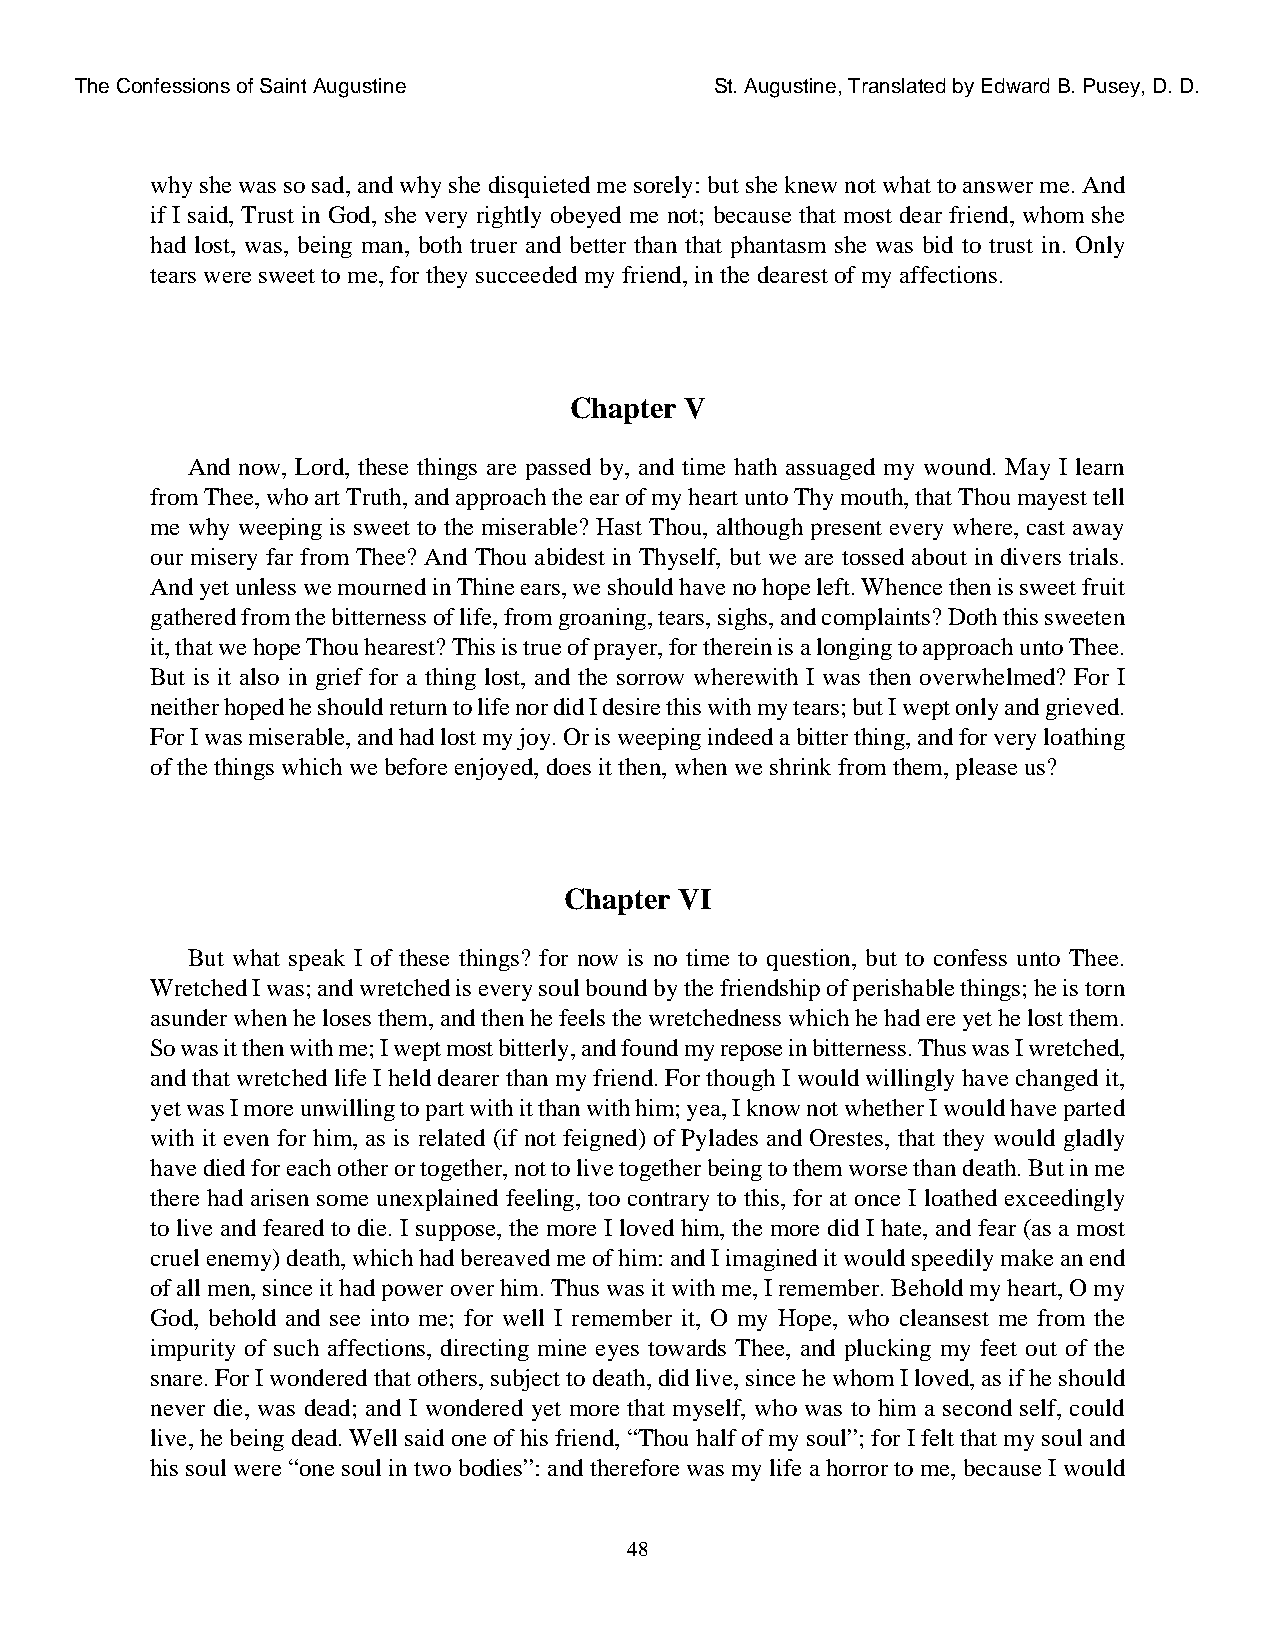
The Confessions of Saint Augustine        St. Augustine, Translated by Edward B. Pusey, D. D.
 why she was so sad, and why she disquieted me sorely: but she knew not what to answer me. And
 if I said, Trust in God, she very rightly obeyed me not; because that most dear friend, whom she
 had lost, was, being man, both truer and better than that phantasm she was bid to trust in. Only
 tears were sweet to me, for they succeeded my friend, in the dearest of my affections.
 Chapter V
 And now, Lord, these things are passed by, and time hath assuaged my wound. May I learn
 from Thee, who art Truth, and approach the ear of my heart unto Thy mouth, that Thou mayest tell
 me why weeping is sweet to the miserable? Hast Thou, although present every where, cast away
 our misery far from Thee? And Thou abidest in Thyself, but we are tossed about in divers trials.
 And yet unless we mourned in Thine ears, we should have no hope left. Whence then is sweet fruit
 gathered from the bitterness of life, from groaning, tears, sighs, and complaints? Doth this sweeten
 it, that we hope Thou hearest? This is true of prayer, for therein is a longing to approach unto Thee.
 But is it also in grief for a thing lost, and the sorrow wherewith I was then overwhelmed? For I
 neither hoped he should return to life nor did I desire this with my tears; but I wept only and grieved.
 For I was miserable, and had lost my joy. Or is weeping indeed a bitter thing, and for very loathing
 of the things which we before enjoyed, does it then, when we shrink from them, please us?
 Chapter VI
 But what speak I of these things? for now is no time to question, but to confess unto Thee.
 Wretched I was; and wretched is every soul bound by the friendship of perishable things; he is torn
 asunder when he loses them, and then he feels the wretchedness which he had ere yet he lost them.
 So was it then with me; I wept most bitterly, and found my repose in bitterness. Thus was I wretched,
 and that wretched life I held dearer than my friend. For though I would willingly have changed it,
 yet was I more unwilling to part with it than with him; yea, I know not whether I would have parted
 with it even for him, as is related (if not feigned) of Pylades and Orestes, that they would gladly
 have died for each other or together, not to live together being to them worse than death. But in me
 there had arisen some unexplained feeling, too contrary to this, for at once I loathed exceedingly
 to live and feared to die. I suppose, the more I loved him, the more did I hate, and fear (as a most
 cruel enemy) death, which had bereaved me of him: and I imagined it would speedily make an end
 of all men, since it had power over him. Thus was it with me, I remember. Behold my heart, O my
 God, behold and see into me; for well I remember it, O my Hope, who cleansest me from the
 impurity of such affections, directing mine eyes towards Thee, and plucking my feet out of the
 snare. For I wondered that others, subject to death, did live, since he whom I loved, as if he should
 never die, was dead; and I wondered yet more that myself, who was to him a second self, could
 live, he being dead. Well said one of his friend, “Thou half of my soul”; for I felt that my soul and
 his soul were “one soul in two bodies”: and therefore was my life a horror to me, because I would
 48